Civil Veterinary Department Bihar & Orissa reports 1922-29 - 1922-1929
Year: 1922
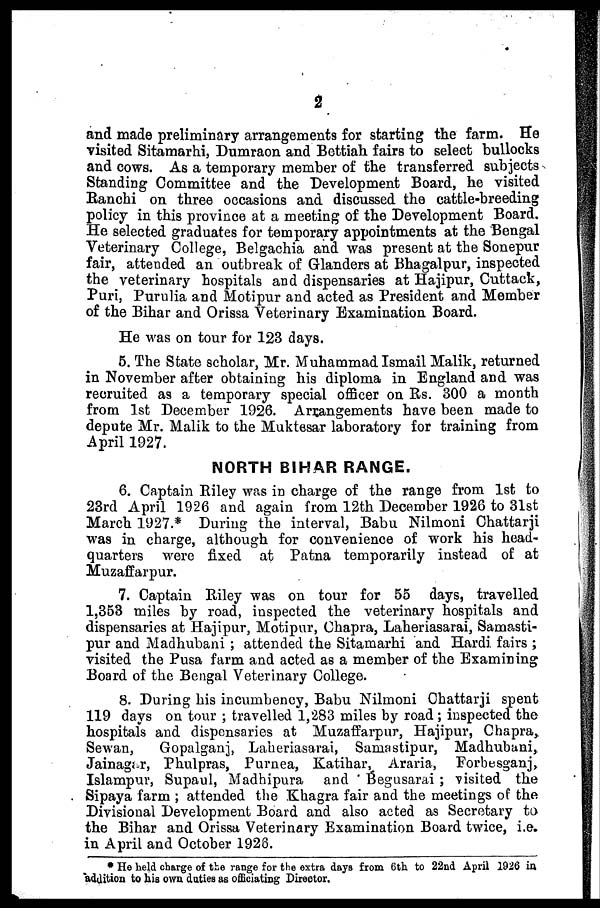
2
and made preliminary arrangements for starting the farm. He
visited Sitamarhi, Dumraon and Bettiah fairs to select bullocks
and cows. As a temporary member of the transferred subjects
Standing Committee and the Development Board, he visited
Ranchi on three occasions and discussed the cattle-breeding
policy in this province at a meeting of the Development Board.
He selected graduates for temporary appointments at the Bengal
Veterinary College, Belgachia and was present at the Sonepur
fair, attended an outbreak of Glanders at Bhagalpur, inspected
the veterinary hospitals and dispensaries at Hajipur, Cuttack,
Puri, Purulia and Motipur and acted as President and Member
of the Bihar and Orissa Veterinary Examination Board.
He was on tour for 123 days.
5. The State scholar, Mr. Muhammad Ismail Malik, returned
in November after obtaining his diploma in England and was
recruited as a temporary special officer on Rs. 300 a month
from 1st December 1926. Arrangements have been made to
depute Mr. Malik to the Muktesar laboratory for training from
April 1927.
NORTH BIHAR RANGE.
6. Captain Riley was in charge of the range from 1st to
23rd April 1926 and again from 12th December 1926 to 31st
March 1927.* During the interval, Babu Nilmoni Chattarji
was in charge, although for convenience of work his head-
quarters were fixed at Patna temporarily instead of at
Muzaffarpur.
7. Captain Riley was on tour for 55 days, travelled
1,353 miles by road, inspected the veterinary hospitals and
dispensaries at Hajipur, Motipur, Chapra, Laheriasarai, Samasti-
pur and Madhubani ; attended the Sitamarhi and Hardi fairs ;
visited the Pusa farm and acted as a member of the Examining
Board of the Bengal Veterinary College.
8. During his incumbency, Babu Nilmoni Chattarji spent
119 days on tour travelled 1,283 miles by road; inspected the
hospitals and dispensaries at Muzaffarpur, Hajipur, Chapra„
Sewan,
Gopalganj, Laheriasarai, Samastipur, Madhubani,
Jainagar, Phulpras, Purnea, Katihar, Araria, Forhesganj,
Islampur, Supaul, Madhipura and ' Begusarai ; visited the
Sipaya farm ; attended the Khagra fair and the meetings of the
Divisional Development Board and also acted as Secretary to
the Bihar and Orissa Veterinary Examination Board twice, i.e.
in April and October 1928.
* Ho held charge of the range for the extra days from 6th to 22nd April 1926 in
addition to his own duties as officiating Director.